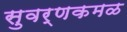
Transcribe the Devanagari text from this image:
सुवर्णकमळ